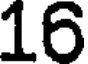
16